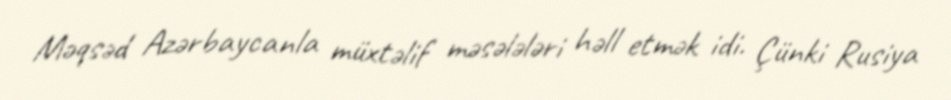
Məqsəd Azərbaycanla müxtəlif məsələləri həll etmək idi. Çünki Rusiya